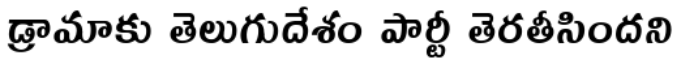
డ్రామాకు తెలుగుదేశం పార్టీ తెరతీసిందని